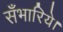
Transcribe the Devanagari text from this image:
सँभारिये।